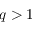
q > 1